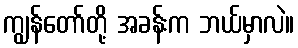
ကျွန်တော်တို့ အခန်းက ဘယ်မှာလဲ။